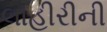
લાહીરીની